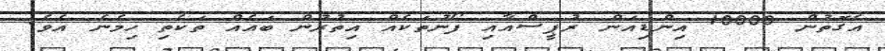
އެގޮތުން 10000 އިންޑިއަން ރުޕީސްއާއި ފޯނުތަކެއް އިތުރުން ބައެއް ތަކެތި ހިމެނެ އެވެ.